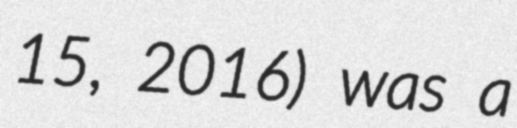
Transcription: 15, 2016) was a